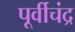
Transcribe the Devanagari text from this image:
पूर्वीचंद्र